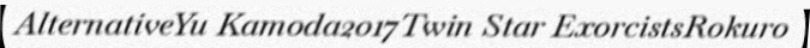
AlternativeYu Kamoda2017Twin Star ExorcistsRokuro